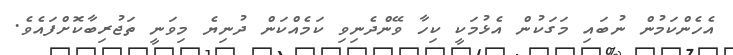
އެހެންކަމުން ނުބައި މަގަކުން އެޅުމަކީ ކިހާ ވޭންދެނިވި ކަމެއްކަން ދުނިޔެ މިވަނީ ތަޖުރިބާކޮށްފައެވެ.